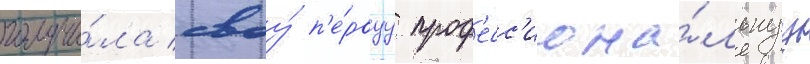
получи́ла своу́ п'е́рвуу проф'есс'иона́льнуу